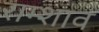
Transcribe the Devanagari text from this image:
राम्शाव